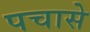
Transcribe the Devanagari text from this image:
पचासे